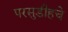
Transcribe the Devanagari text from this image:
परसुडीहचे